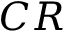
C R